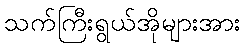
သက်ကြီးရွယ်အိုများအား